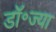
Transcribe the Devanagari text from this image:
डॉ॰ज्या